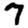
Digit: 7